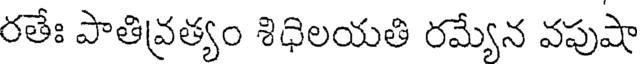
రతేః పాతివ్రత్యం శిధిలయతి రమ్యేన వపుషా